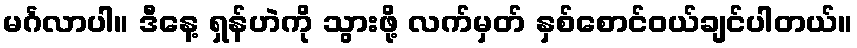
မင်္ဂလာပါ။ ဒီနေ့ ရှန်ဟဲကို သွားဖို့ လက်မှတ် နှစ်စောင်ဝယ်ချင်ပါတယ်။